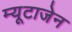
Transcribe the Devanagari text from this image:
म्यूटाजेन